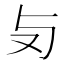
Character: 𠬣